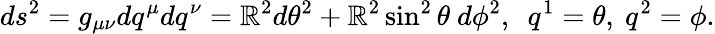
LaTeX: ds^{2}=g_{\mu\nu}dq^{\mu}dq^{\nu}=\mathbb{R}^{2}d\theta^{2}+\mathbb{R}^{2}\sin^{2}\theta~d\phi^{2},~~q^{1}=\theta,~q^{2}=\phi.